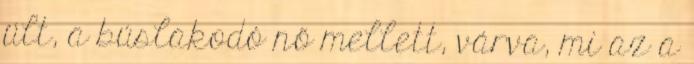
ült, a búslakodó nő mellett, várva, mi az a